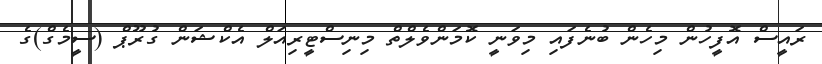
ރައީސް އޮފީހުން މިހެން ބުނެފައި މިވަނީ ކޮމަންވެލްތް މިނިސްޓީރިއަލް އެކްޝަން ގުރޫޕް (ސީމެގް)ގެ